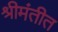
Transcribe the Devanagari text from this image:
श्रीमंतीत